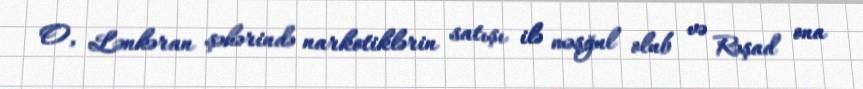
O, Lənkəran şəhərində narkotiklərin satışı ilə məşğul olub və Rəşad ona